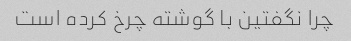
چرا نگفتین با گوشته چرخ کرده است